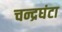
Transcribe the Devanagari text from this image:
चन्द्रघंटा